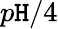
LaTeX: p\mathtt{H}/4